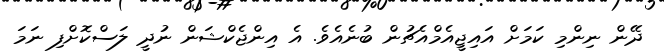
ދޭން ނިންމި ކަމަށް އައިޖީއެމްއެޗުން ބުނެއެވެ. އެ އިންޖެކްޝަން ނުދީ ލަސްކޮށްފި ނަމަ